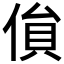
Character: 𠋏